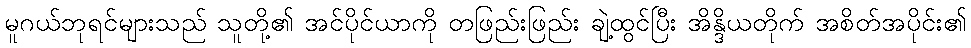
မူဂယ်ဘုရင်များသည် သူတို့၏ အင်ပိုင်ယာကို တဖြည်းဖြည်း ချဲ့ထွင်ပြီး အိန္ဒိယတိုက် အစိတ်အပိုင်း၏